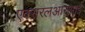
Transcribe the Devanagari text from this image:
एक्सरलआरआर्इ